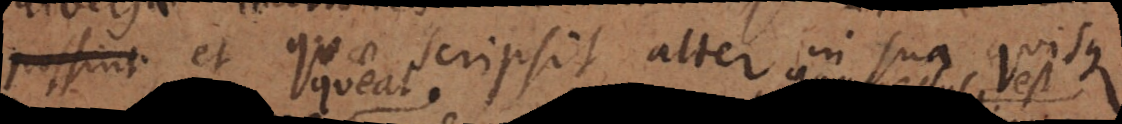
possint et quae scripsit alter in sua quisque